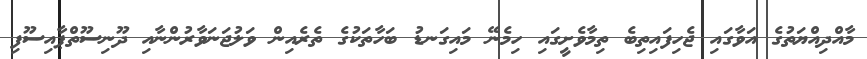
މާއްދިއްޔަތުގެ އަވާގައި ޖެހިފައިތިބެ ތިމާވެށީގައި ހިމެނޭ މައިގަނޑު ބަހާތަކުގެ ތެރެއިން ވަލުޖަނަވާރުންނާއި ދޫނިސޫތްޕާއިސޫފި